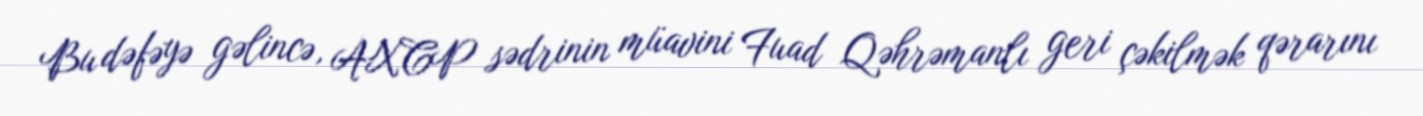
Bu dəfəyə gəlincə, AXCP sədrinin müavini Fuad Qəhrəmanlı geri çəkilmək qərarını